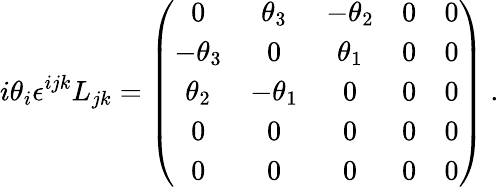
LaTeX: i\theta_{i}\epsilon^{ijk}L_{jk}=\left({\begin{array}{ccccc}{0}&{\theta_{3}}&{-\theta_{2}}&{0}&{0}\\ {-\theta_{3}}&{0}&{\theta_{1}}&{0}&{0}\\ {\theta_{2}}&{-\theta_{1}}&{0}&{0}&{0}\\ {0}&{0}&{0}&{0}&{0}\\ {0}&{0}&{0}&{0}&{0}\end{array}}\right)~.